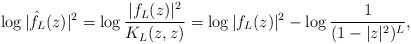
LaTeX: \begin{align*}\log |\hat f_L(z)|^2=\log\frac{|f_L(z)|^2}{K_L(z,z)}& =\log|f_L(z)|^2-\log \frac{1}{(1-|z|^2)^{L}},\end{align*}